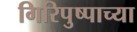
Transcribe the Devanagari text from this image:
गिरिपुष्पाच्या